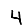
Digit: 4